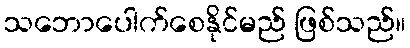
သဘောပေါက်စေနိုင်မည် ဖြစ်သည်။